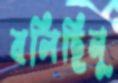
বলিছিনু